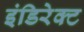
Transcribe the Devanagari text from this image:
इंडिरेक्ट